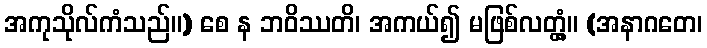
အကုသိုလ်ကံသည်။) စေ န ဘဝိဿတိ၊ အကယ်၍ မဖြစ်လတ္တံ့။ (အနာဂတေ၊